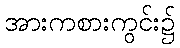
အားကစားကွင်း၌